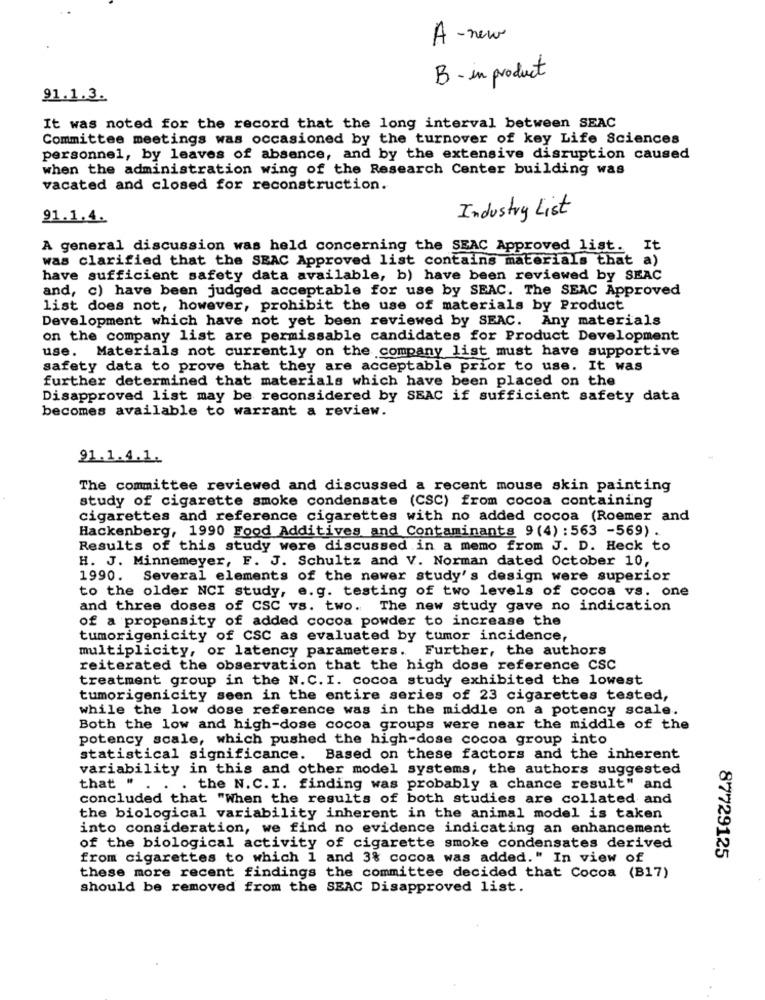
A-new
B- in product
91.1.3.
It was noted for the record that the long interval between SEAC
Committee meetings was occasioned by the turnover of key Life Sciences
personnel, by leaves of absence, and by the extensive disruption caused
when the administration wing of the Research Center building was
vacated and closed for reconstruction.
91.1.4.
Industry List
A general discussion was held concerning the SEAC Approved list.
It
was clarified that the SEAC Approved list contains materials that a)
have sufficient safety data available, b) have been reviewed by SEAC
and, c) have been judged acceptable for use by SEAC. The SEAC Approved
list does not, however, prohibit the use of materials by Product
Development which have not yet been reviewed by SEAC. Any materials
on the company list are permissable candidates for Product Development
use. Materials not currently on the company list must have supportive
safety data to prove that they are acceptable prior to use. It was
further determined that materials which have been placed on the
Disapproved list may be reconsidered by SEAC if sufficient safety data
becomes available to warrant a review.
91.1.4.1.
The committee reviewed and discussed a recent mouse skin painting
study of cigarette smoke condensate (CSC) from cocoa containing
cigarettes and reference cigarettes with no added cocoa (Roemer and
Hackenberg, 1990 Food Additives and Contaminants 9(4) : 563 -569) .
Results of this study were discussed in a memo from J. D. Heck to
H. J. Minnemeyer, F. J. Schultz and V. Norman dated October 10,
1990. Several elements of the newer study's design were superior
to the older NCI study, e.g. testing of two levels of cocoa vs. one
and three doses of CSC vs. two. The new study gave no indication
of a propensity of added cocoa powder to increase the
tumorigenicity of CSC as evaluated by tumor incidence,
multiplicity, or latency parameters.
Further, the authors
reiterated the observation that the high dose reference CSC
treatment group in the N.C. I. cocoa study exhibited the lowest
tumorigenicity seen in the entire series of 23 cigarettes tested,
while the low dose reference was in the middle on a potency scale.
Both the low and high-dose cocoa groups were near the middle of the
potency scale, which pushed the high-dose cocoa group into
statistical significance. Based on these factors and the inherent
variability in this and other model systems, the authors suggested
that "
. the N. C. I. finding was probably a chance result" and
concluded that "When the results of both studies are collated and
the biological variability inherent in the animal model is taken
into consideration, we find no evidence indicating an enhancement
of the biological activity of cigarette smoke condensates derived
87729125
from cigarettes to which 1 and 3% cocoa was added." In view of
these more recent findings the committee decided that Cocoa (B17)
should be removed from the SEAC Disapproved list.